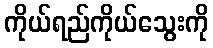
ကိုယ်ရည်ကိုယ်သွေးကို